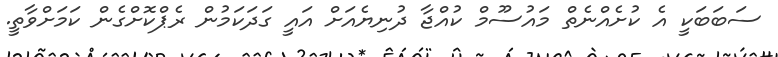
ސަބަބަކީ އެ ކުށެއްނެތް މައުސޫމް ކުއްޖާ ދުނިޔެއަށް އައީ ގަދަކަމުން ރެޕްކޮށްގެން ކަމަށްވާތީ.